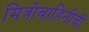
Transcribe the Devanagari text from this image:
मित्रोबाहिनीची